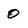
Character: 0